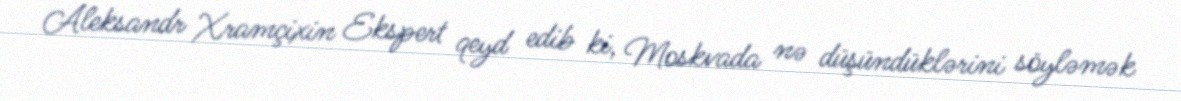
Aleksandr Xramçixin Ekspert qeyd edib ki, Moskvada nə düşündüklərini söyləmək